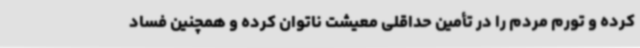
کرده و تورم مردم را در تأمین حداقلی معیشت ناتوان کرده و همچنین فساد